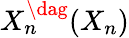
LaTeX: X_{n}^{\dag}(X_{n})